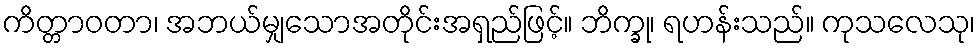
ကိတ္တာဝတာ၊ အဘယ်မျှသောအတိုင်းအရှည်ဖြင့်။ ဘိက္ခု၊ ရဟန်းသည်။ ကုသလေသု၊